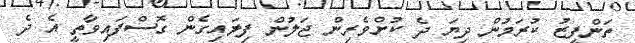
ތަންފީޒު ކުރަމުން ދިޔަ ދެ ކުށްވެރިން ޖަލުން ފިލައިގެން ގޮސްފައިވާތީ އެ ދެ